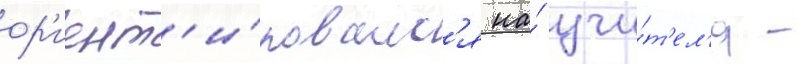
ор'иент'и́ровалс'я на́ учи́т'ел'я -